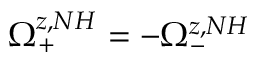
\Omega _ { + } ^ { z , N H } = - \Omega _ { - } ^ { z , N H }